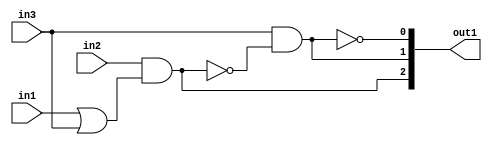
`timescale 1ps / 1ps
/*****************************************************************************
    Verilog RTL Description
    
    
    Created by: Stratus DpOpt 2019.1.01 
*******************************************************************************/

module GaussianFilter_gen_busy_r_1 (
	in1,
	in2,
	in3,
	out1
	); /* architecture "behavioural" */ 
input  in1,
	in2,
	in3;
output [2:0] out1;
wire  asc004,
	asc005,
	asc007,
	asc009;
wire [2:0] asc010;

assign asc005 = 
	(in1)
	|(in3);

assign asc004 = 
	(in2)
	&(asc005);

assign asc007 = 
	(in3)
	&((~asc004));

assign asc009 = 
	((~asc007));

assign asc010 = {asc004,asc007,asc009};

assign out1 = asc010;
endmodule

/* CADENCE  uLj4SAE= : u9/ySgnWtBlWxVPRXgAZ4Og= ** DO NOT EDIT THIS LINE ******/